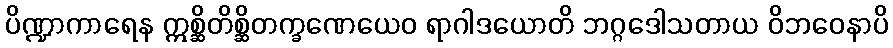
ပိဏ္ဍာကာရေန ဣစ္ဆိတိစ္ဆိတက္ခဏေယေဝ ရာဂါဒယောတိ ဘဂ္ဂဒေါသတာယ ဝိဘဝေနာပိ